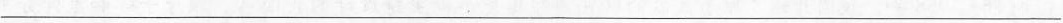
___